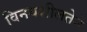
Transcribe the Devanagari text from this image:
विनयशीलतेने